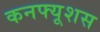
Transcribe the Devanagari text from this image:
कनफ्यूशस